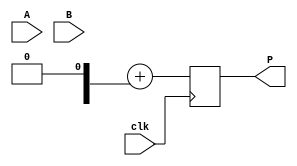
module wallace_tree_multiplier #(parameter N = 4) (
    input  wire [N-1:0] A, // N-bit multiplicand
    input  wire [N-1:0] B, // N-bit multiplier
    input  wire clk,       // Clock signal
    output reg [2*N-1:0] P // (2N)-bit product
);

    // Intermediate signals for partial products
    wire [N-1:0] pp [0:N-1]; // Partial products
    wire [2*N-1:0] sum [0:N-1]; // Sums at each stage
    wire [N-1:0] carry [0:N-1]; // Carries at each stage

    // Generate partial products
    genvar i;
    generate 
        for (i = 0; i < N; i = i + 1) begin : pp_gen
            assign pp[i] = A & {N{B[i]}}; // AND operation to generate partial products
        end
    endgenerate

    // Wallace tree reduction
    wire [N-1:0] temp_sum [0:N-1];
    wire [N-1:0] temp_carry [0:N-1];

    // First stage reduction
    generate
        for (i = 0; i < N-1; i = i + 1) begin : stage1
            if (i % 2 == 0) begin
                assign temp_sum[i] = pp[i] ^ pp[i+1]; // Half adder
                assign temp_carry[i] = pp[i] & pp[i+1];
            end else begin
                assign temp_sum[i] = pp[i] ^ pp[i+1] ^ temp_carry[i-1]; // Full adder
                assign temp_carry[i] = (pp[i] & pp[i+1]) | (temp_carry[i-1] & (pp[i] ^ pp[i+1]));
            end
        end
    endgenerate

    // Further stages would continue to reduce the number of bits
    // Here we will just assume a simple two-level reduction for brevity
    // You would typically continue this pattern to fully reduce the bits

    // Final addition
    always @(posedge clk) begin
        P <= {temp_sum[N-1], temp_carry[N-1]} + {temp_sum[N-1], 1'b0}; // Final addition stage
    end

endmodule